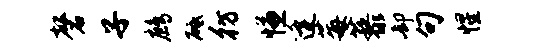
磬子鹧砥彷慊逄莓藜却句惺